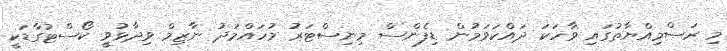
މި ރަސްމިއްޔާތުގައި ވާހަކަ ދައްކަވަމުން ޑިފެންސް މިނިސްޓަރު މުހައްމަދު ނާޒިމް ވިދާޅުވީ ކޯސްޓުގާޑަކީ